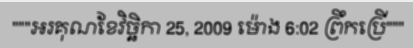
"""អរគុណខែវិច្ឆិកា 25, 2009 ម៉ោង 6:02 ព្រឹកប្រើ"""